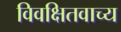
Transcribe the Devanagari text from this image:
विवक्षितवाच्य